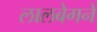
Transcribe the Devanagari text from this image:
लालबेगने